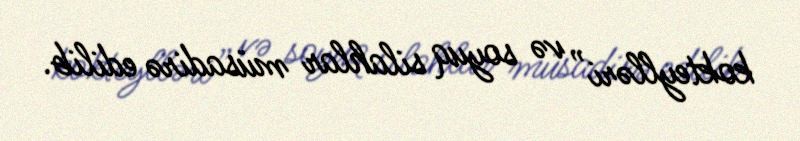
kokteylləri” və soyuq silahlar müsadirə edilib.